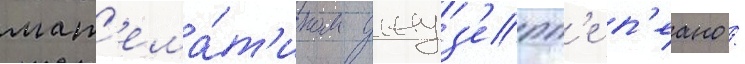
мат'ема́т'иком джуз'епп'е п'еано /